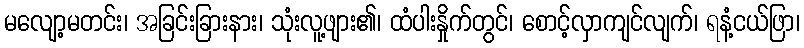
မလျော့မတင်း၊ အခြင်းခြားနား၊ သုံးလူ့ဖျား၏၊ ထံပါးနှိုက်တွင်၊ စောင့်လှာကျင်လျက်၊ ရနံ့ငယ်ဖြာ၊